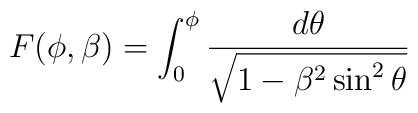
F(\phi, \beta) = \int_0^\phi \frac{d \theta}{\sqrt{1 - \beta^2 \sin^2 \theta}}